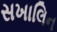
સખાલિન